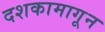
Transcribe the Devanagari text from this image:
दशकामागून